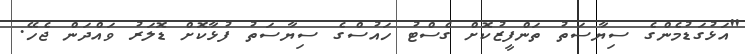
"އަޅުގަޑުމެންގެ ސިޔާސަތު ތަންފީޒުކޮށް ގެސްޓު ހައުސްގެ ސިޔާސަތު ފުޅާކޮށް ޑޮލަރު ވައްދަން ޖެހޭ.